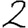
Digit: 2